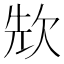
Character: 㰫